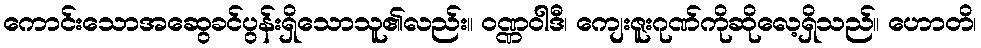
ကောင်းသောအဆွေခင်ပွန်းရှိသောသူ၏လည်း။ ဝဏ္ဏဝါဒီ၊ ကျေးဇူးဂုဏ်ကိုဆိုလေ့ရှိသည်။ ဟောတိ၊